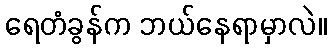
ရေတံခွန်က ဘယ်နေရာမှာလဲ။